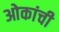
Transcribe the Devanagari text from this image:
ओकांची